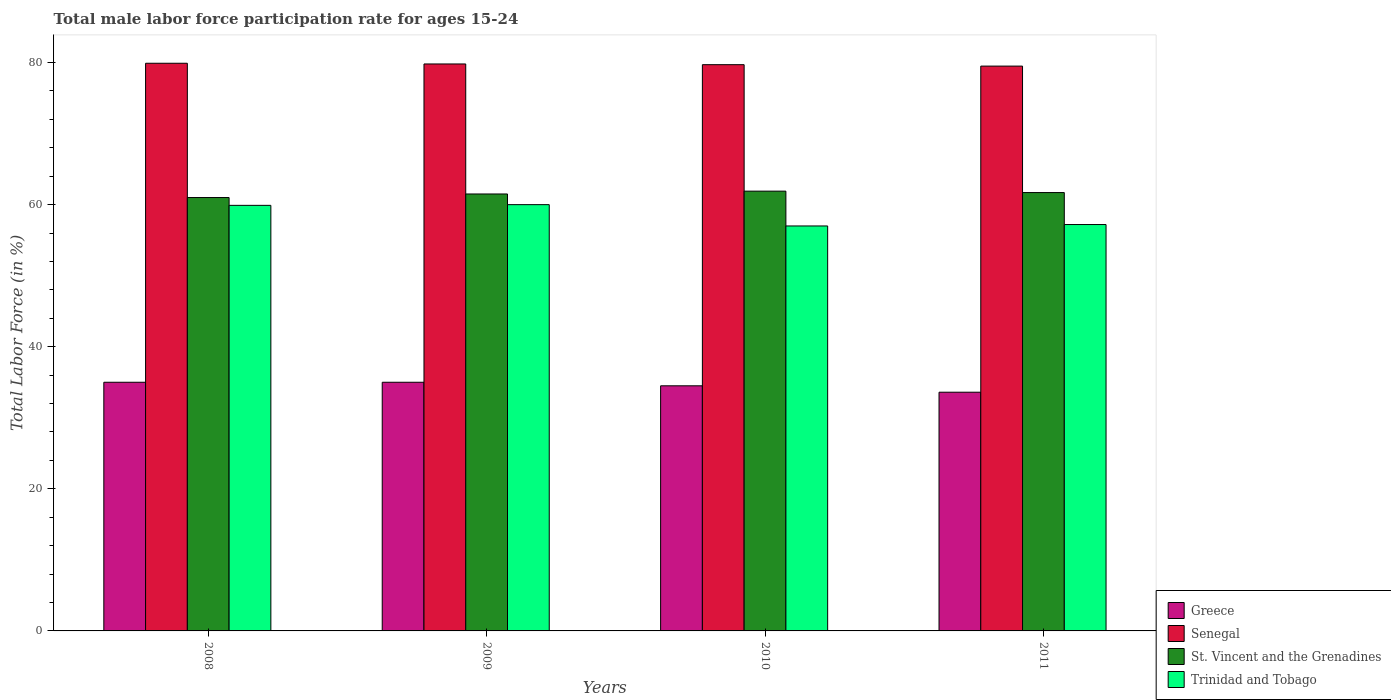
| Years | Greece | Senegal | St. Vincent and the Grenadines | Trinidad and Tobago |
 | --- | --- | --- | --- | --- |
 | 2008 | 35 | 79.9 | 61 | 59.9 |
 | 2009 | 35 | 79.8 | 61.5 | 60 |
 | 2010 | 34.5 | 79.7 | 61.9 | 57 |
 | 2011 | 33.6 | 79.5 | 61.7 | 57.2 |